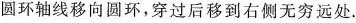
圆环轴线移向圆环，穿过后移到右州无分远处